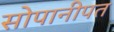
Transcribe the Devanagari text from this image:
सोपानीपत